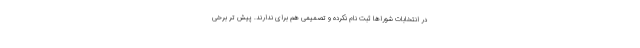
در انتخابات شوراها ثبت نام نکرده و تصمیمی هم برای ندارند. پیش تر برخی